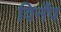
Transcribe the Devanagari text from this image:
विनँप